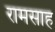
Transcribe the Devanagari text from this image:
रामसाह